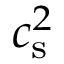
c _ { \mathrm { s } } ^ { 2 }